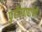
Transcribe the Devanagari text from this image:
फुटीरवाद्यांनी